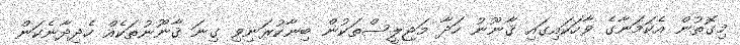
މިގޮތުން އެކަމަނާގެ ވާހަކައިގައި ޤާނޫނު ހަދާ މަޖިލީސްތަކުން ބިނާކުރަނިވި ގިނަ ޤާނޫނުތަކެއް ހެދިދާނެކަން